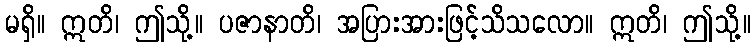
မရှိ။ ဣတိ၊ ဤသို့။ ပဇာနာတိ၊ အပြားအားဖြင့်သိသလော။ ဣတိ၊ ဤသို့။